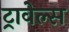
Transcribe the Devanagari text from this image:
ट्रावेल्स